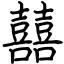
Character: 囍